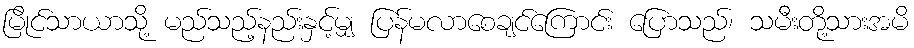
မြိုင်သာယာသို့ မည်သည့်နည်းနှင့်မျှ ပြန်မလာစေချင်ကြောင်း ပြောသည်၊ သမီးတို့သားအမိ